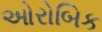
ઓરોબિક